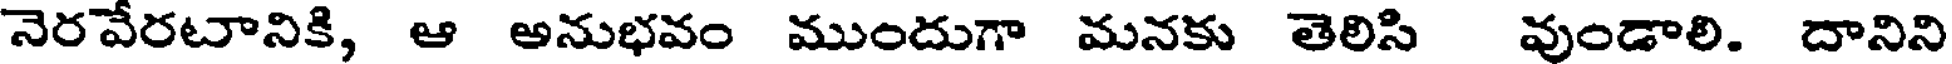
నెరవేరటానికి, ఆ అనుభవం ముందుగా మనకు తెలిసి వుండాలి. దానిని